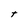
Character: t